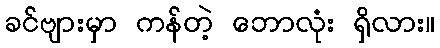
ခင်ဗျားမှာ ကန်တဲ့ ဘောလုံး ရှိလား။